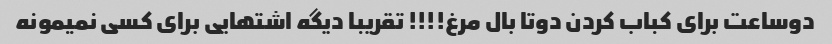
دوساعت برای کباب کردن دوتا بال مرغ!!!! تقریبا دیگه اشتهایی برای کسی نمیمونه